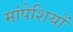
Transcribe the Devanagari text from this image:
मांपेशियों